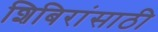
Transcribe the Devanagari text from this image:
शिबिरांसाठी